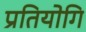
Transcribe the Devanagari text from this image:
प्रतियोगि